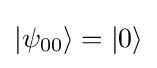
|\psi _{00}\rangle =|0\rangle